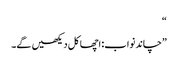
“
”چاند نواب: اچھا کل دیکھیں گے۔